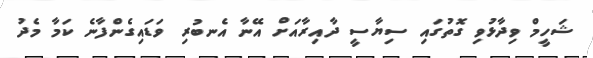
ޝަހީމް ވިދާޅުވި ގޮތުގައި ސިޔާސީ ދާއިރާއަށް އޭނާ އެނބުރި ވަޑައިގެންފާނެ ކަމާ މެދު